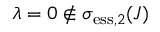
\lambda = 0 \not \in \sigma _ { \mathrm { e s s } , 2 } ( J )